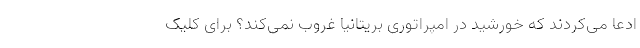
ادعا می‌کردند که خورشید در امپراتوری بریتانیا غروب نمی‌کند؟ برای کلیک